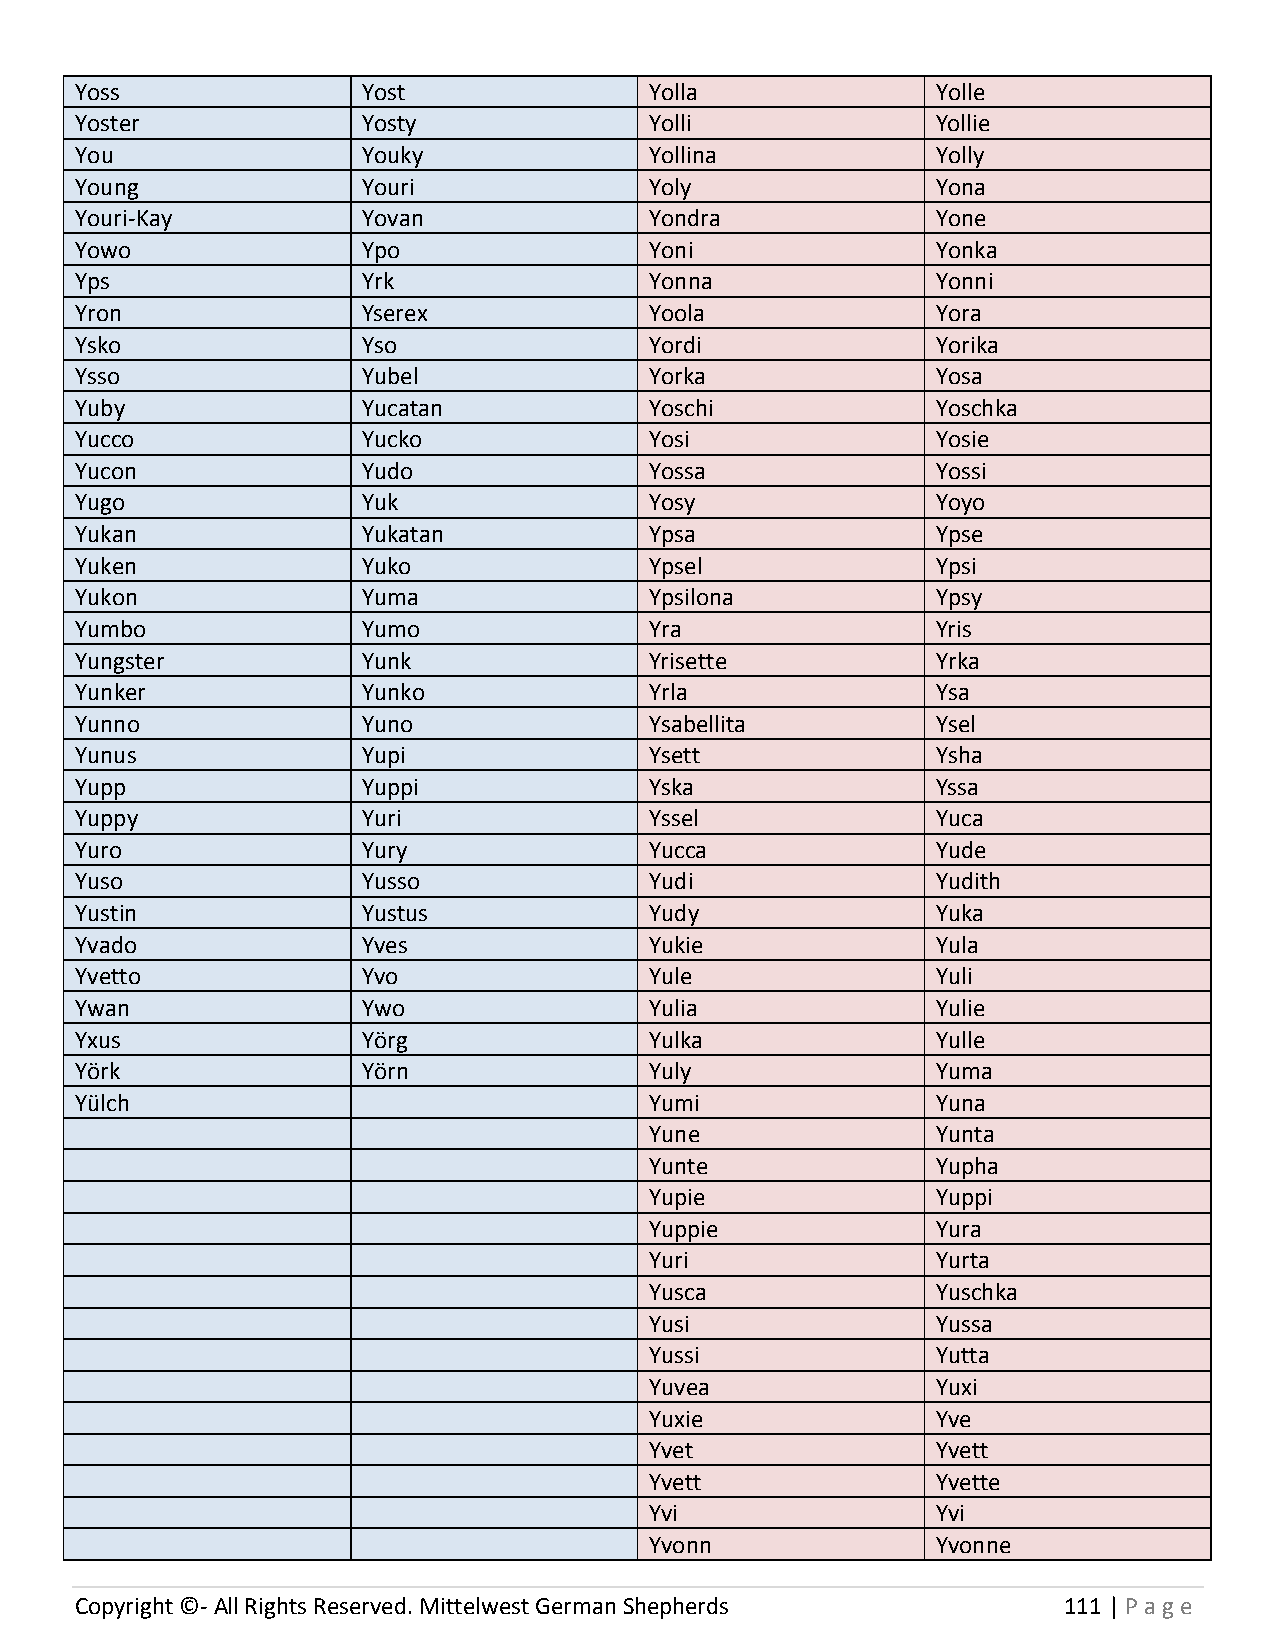
Yoss               Yost               Yolla              Yolle
 Yoster             Yosty              Yolli              Yollie
 You                Youky              Yollina            Yolly
 Young              Youri              Yoly               Yona
 Youri-Kay          Yovan              Yondra             Yone
 Yowo               Ypo                Yoni               Yonka
 Yps                Yrk                Yonna              Yonni
 Yron               Yserex             Yoola              Yora
 Ysko               Yso                Yordi              Yorika
 Ysso               Yubel              Yorka              Yosa
 Yuby               Yucatan            Yoschi             Yoschka
 Yucco              Yucko              Yosi               Yosie
 Yucon              Yudo               Yossa              Yossi
 Yugo               Yuk                Yosy               Yoyo
 Yukan              Yukatan            Ypsa               Ypse
 Yuken              Yuko               Ypsel              Ypsi
 Yukon              Yuma               Ypsilona           Ypsy
 Yumbo              Yumo               Yra                Yris
 Yungster           Yunk               Yrisette           Yrka
 Yunker             Yunko              Yrla               Ysa
 Yunno              Yuno               Ysabellita         Ysel
 Yunus              Yupi               Ysett              Ysha
 Yupp               Yuppi              Yska               Yssa
 Yuppy              Yuri               Yssel              Yuca
 Yuro               Yury               Yucca              Yude
 Yuso               Yusso              Yudi               Yudith
 Yustin             Yustus             Yudy               Yuka
 Yvado              Yves               Yukie              Yula
 Yvetto             Yvo                Yule               Yuli
 Ywan               Ywo                Yulia              Yulie
 Yxus               Yörg               Yulka              Yulle
 Yörk               Yörn               Yuly               Yuma
 Yülch                                 Yumi               Yuna
 Yune               Yunta
 Yunte              Yupha
 Yupie              Yuppi
 Yuppie             Yura
 Yuri               Yurta
 Yusca              Yuschka
 Yusi               Yussa
 Yussi              Yutta
 Yuvea              Yuxi
 Yuxie              Yve
 Yvet               Yvett
 Yvett              Yvette
 Yvi                Yvi
 Yvonn              Yvonne
 Copyright ©- All Rights Reserved. Mittelwest German Shepherds    111 | P age